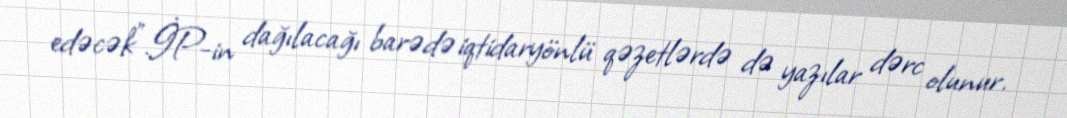
edəcək”.İP-in dağılacağı barədə iqtidaryönlü qəzetlərdə də yazılar dərc olunur.